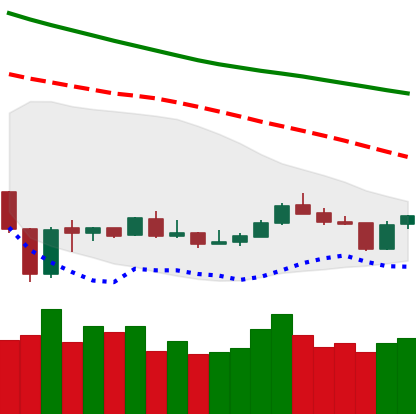
Ticker: BNB-USD
Chart end date: 2020-01-04
Forward return: 4.368%
Label: up_3_5